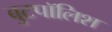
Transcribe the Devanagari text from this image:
बुटपॉलिश